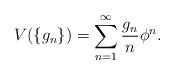
LaTeX: \begin{align*}V(\{g_{n}\}) = \sum_{n=1}^{\infty} \frac{g_{n}}{n}\phi^{n}. \end{align*}